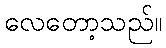
လေတော့သည်။